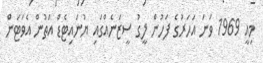
މިއީ 1969 ވަނަ އަހަރުގެ ފަހުން ލީގު ސީޒަނެއްގައި ޔުނައިޓެޑް އަތުން އެވަޓަން